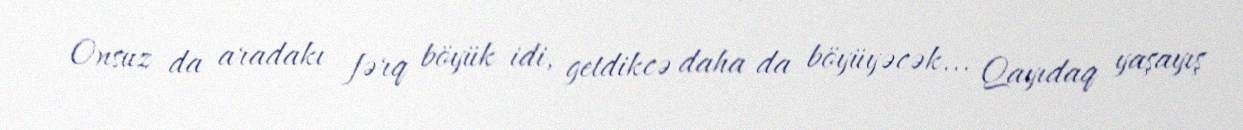
Onsuz da aradakı fərq böyük idi, getdikcə daha da böyüyəcək... Qayıdaq yaşayış